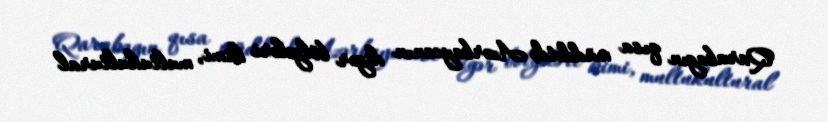
Qarabagın qısa müddətdə Azərbaycanın digər bölgələri kimi, multukultural